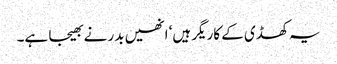
یہ کھڈی کے کاریگر ہیں‘ انھیں بدر نے بھیجا ہے۔